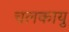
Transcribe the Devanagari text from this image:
चलकायु